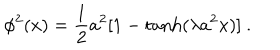
\phi ^ { 2 } ( x ) = \frac { 1 } { 2 } a ^ { 2 } [ 1 - \tanh ( \lambda a ^ { 2 } x ) ] ~ .